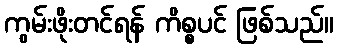
ကွမ်းဖိုးတင်ရန် ကိစ္စပင် ဖြစ်သည်။